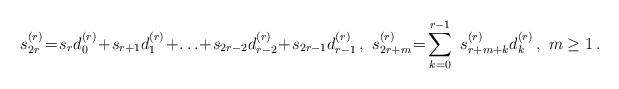
LaTeX: \begin{align*}s_{2 r }^{(r)}\! =\! s_{r} d_{0}^{(r)}\! +\! s_{r+1} d_{1}^{(r)}\! +\! \ldots\! +\!s_{2r-2} d_{r-2}^{(r)}\! +\! s_{2r-1} d_{r-1}^{(r)} \, , \ s_{2 r + m }^{(r)} \!= \!\sum\limits_{k=0}^{r-1} \ s_{r + m + k}^{(r)} d_{k}^{(r)} \, , \ m \geq 1 \, . \end{align*}